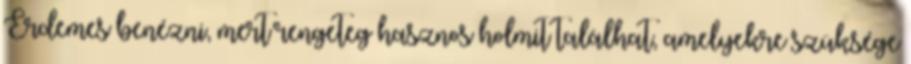
Érdemes benézni, mert rengeteg hasznos holmit találhat, amelyekre szüksége